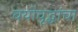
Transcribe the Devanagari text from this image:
वयोवृद्धांचा